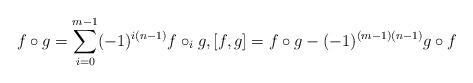
LaTeX: \begin{align*} f\circ g =\sum_{i=0}^{m-1} (-1)^{i(n-1)}f\circ_i g, [f,g]=f\circ g-(-1)^{(m-1)(n-1)}g\circ f \end{align*}